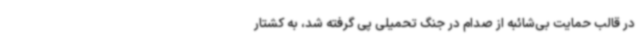
در قالب حمایت بی‌شائبه از صدام در جنگ تحمیلی پی گرفته شد، به کشتار